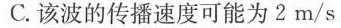
C.该波的传播速度可能为2m/s